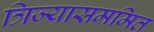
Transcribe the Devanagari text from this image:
त्रिज्यासममित